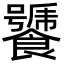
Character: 𩞣